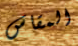
المقاس